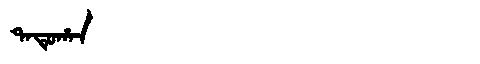
Manchu: ᡨᠠᡨᡠᡥᠠᠨ
Romanization: TATUHAN